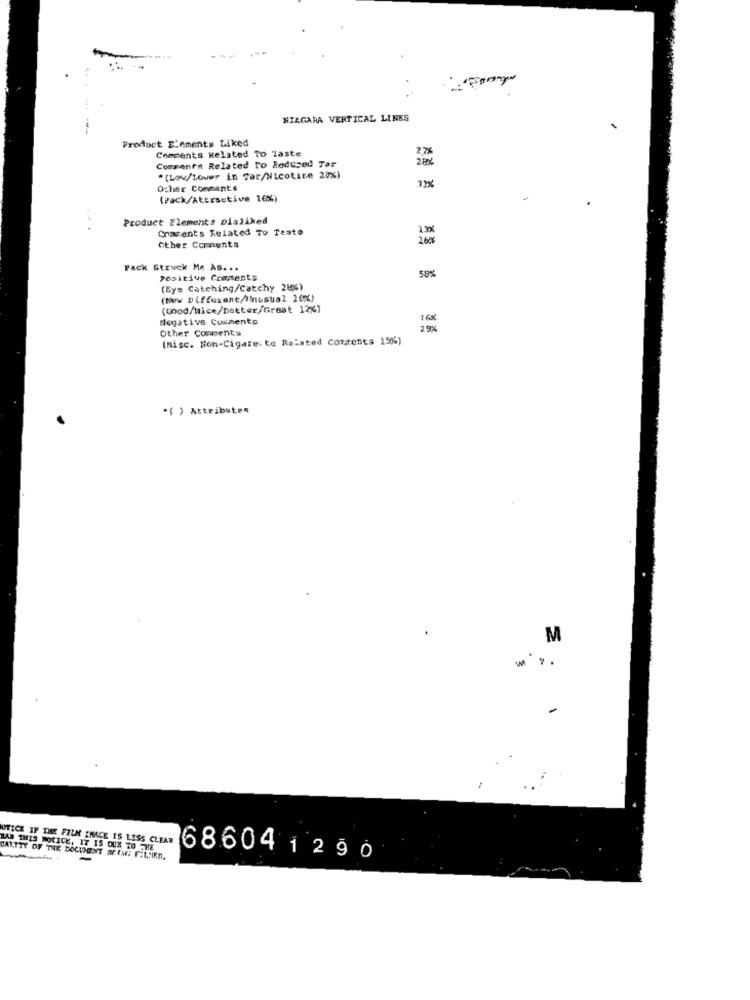
NIAGARA VERTICAL LINES
Product Elements Liked
27
Comments Related To Taste
Comment# Related To Redused Tar
28%
*(Low/Lower in Tac/Nicotine 20%)
Ocher Comments
(Pack/Attractive 16%)
Product Elements Disliked
..
Crarents Related To Teste
Other Comments
Pack Struck Me AS. ..
58%
Positive Comments
(Eye Catching/Catchy 28%)
(bew Different/tinusua2 20%)
(Good/wice/Dottor/Great 12%)
Negative Comments
1 6
Other Comments
[Misc. Non-Cigare: to Related Contents 15%)
*{ ) Attributen
M
-
OTICE IF THE FILM INACE IS LESS CLEAR
LAS THIS NOTICE, IT IS DUE TO THE
CANTTY OF THE BOCUENT MEINE: F:L'IRD.
686041 2 9 0